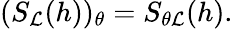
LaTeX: (S_{\cal L}(h))_{\theta}=S_{\theta{\cal L}}(h).